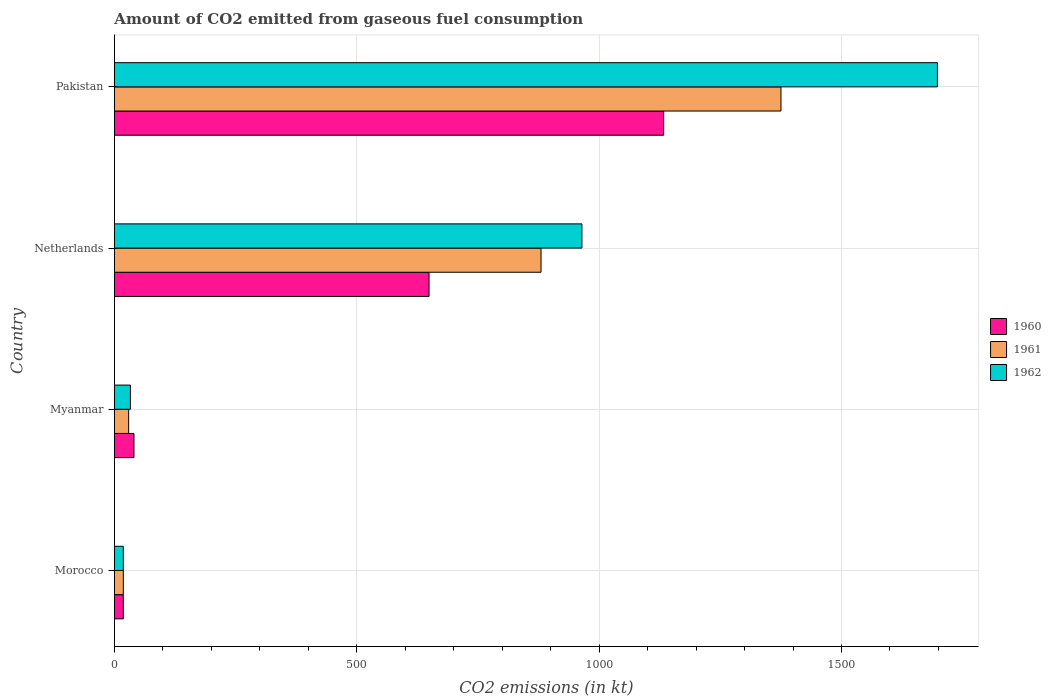
| Country | 1960 | 1961 | 1962 |
 | --- | --- | --- | --- |
 | Morocco | 18.3 | 18.3 | 18.3 |
 | Myanmar | 40.3 | 29.3 | 33 |
 | Netherlands | 649 | 880 | 964 |
 | Pakistan | 1.13e+03 | 1.38e+03 | 1.7e+03 |